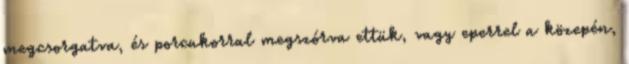
megcsorgatva, és porcukorral megszórva ettük, vagy eperrel a közepén,